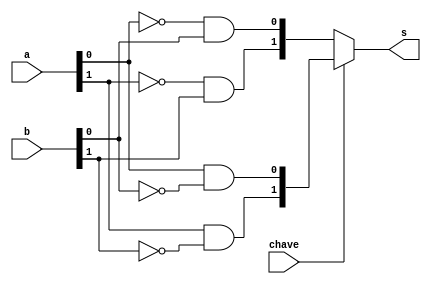
// ---------------------
// Exercicio0037
// Nome: Marcio Enio G Dutra Junior 
// --------------------- 
 
// ------------------------- 
//  f4_gate 
// ------------------------- 
module f4 (output[1:0] s, input[1:0] a, input[1:0] b, input chave); 
	wire[1:0] s0; 
	wire[1:0] s1; 
	
	and and1(s0[0], ~a[0], b[0]);
	and and2(s0[1], ~a[1], b[1]);
	and and3(s1[0], a[0], ~b[0]);
	and and4(s1[1], a[1], ~b[1]);

	assign s = (chave)? s1: s0;              // usar apenas portas
	

endmodule // f4 
 
module test_f4; 
// ------------------------- definir dados 
       reg[1:0] x; 
       reg[1:0] y; 
       wire[1:0] z; 
		 reg chave;
 
       f4 modulo (z, x, y, chave); 
 
// ------------------------- parte principal 
 
   initial begin 
         $display("Exemplo0037 - Marcio Enio G Dutra Junior - 441698"); 
         $display("Test LU's module"); 
			
			  chave = 0;
           x = 2'b00;       y = 2'b00; 
 
   // projetar testes do modulo 
   #1   $monitor("%3b %3b = %3b \tChave = %3b",x,y,z,chave); 
	#1   x = 2'b00;  y = 2'b01; 
	#1   x = 2'b00;  y = 2'b10; 
	#1   x = 2'b00;  y = 2'b11; 
	#1   x = 2'b01;  y = 2'b00; 
	#1   x = 2'b01;  y = 2'b01; 
	#1   x = 2'b01;  y = 2'b10; 
	#1   x = 2'b01;  y = 2'b11;
	#1   x = 2'b10;  y = 2'b00; 
	#1   x = 2'b10;  y = 2'b01; 
	#1   x = 2'b10;  y = 2'b10; 
	#1   x = 2'b10;  y = 2'b11;
	#1   x = 2'b11;  y = 2'b00; 
	#1   x = 2'b11;  y = 2'b01; 
	#1   x = 2'b11;  y = 2'b10; 
	#1   x = 2'b11;  y = 2'b11;
	#1   x = 2'b00;  y = 2'b00;
	#1	  chave = 1;
		  $display("");
	#1   x = 2'b00;  y = 2'b01; 
	#1   x = 2'b00;  y = 2'b10; 
	#1   x = 2'b00;  y = 2'b11; 
	#1   x = 2'b01;  y = 2'b00; 
	#1   x = 2'b01;  y = 2'b01; 
	#1   x = 2'b01;  y = 2'b10; 
	#1   x = 2'b01;  y = 2'b11;
	#1   x = 2'b10;  y = 2'b00; 
	#1   x = 2'b10;  y = 2'b01; 
	#1   x = 2'b10;  y = 2'b10; 
	#1   x = 2'b10;  y = 2'b11;
	#1   x = 2'b11;  y = 2'b00; 
	#1   x = 2'b11;  y = 2'b01; 
	#1   x = 2'b11;  y = 2'b10; 
	#1   x = 2'b11;  y = 2'b11;
 
   end 
 
endmodule // test_f4